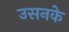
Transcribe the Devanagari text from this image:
उसनके